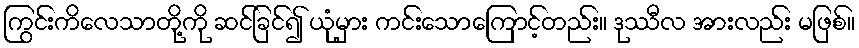
ကြွင်းကိလေသာတို့ကို ဆင်ခြင်၍ ယုံမှား ကင်းသောကြောင့်တည်း။ ဒုဿီလ အားလည်း မဖြစ်။